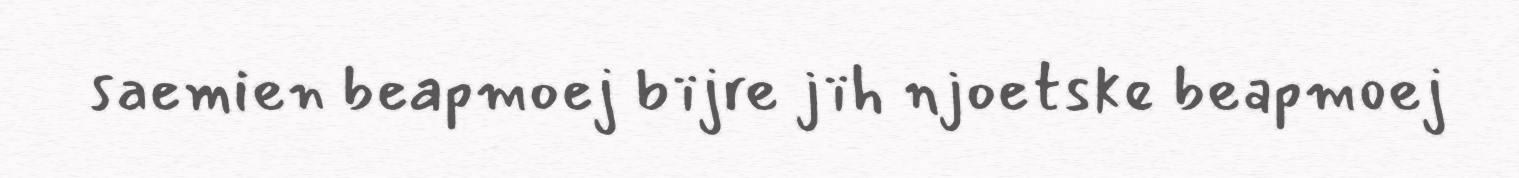
saemien beapmoej bïjre jïh njoetske beapmoej